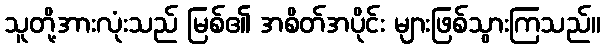
သူတို့အားလုံးသည် မြစ်၏ အစိတ်အပိုင်း များဖြစ်သွားကြသည်။